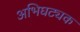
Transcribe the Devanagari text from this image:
अभिघट्यक